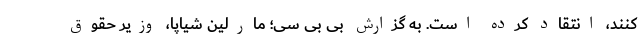
کنند، انتقاد کرده است. به گزارش بی بی سی؛ مارلین شیاپا، وزیر حقوق